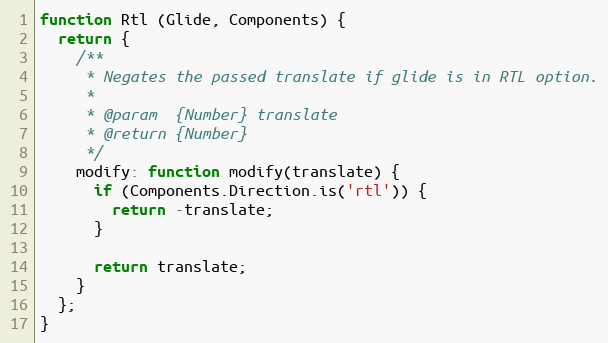
Language: JavaScript
function Rtl (Glide, Components) {
  return {
    /**
     * Negates the passed translate if glide is in RTL option.
     *
     * @param  {Number} translate
     * @return {Number}
     */
    modify: function modify(translate) {
      if (Components.Direction.is('rtl')) {
        return -translate;
      }

      return translate;
    }
  };
}